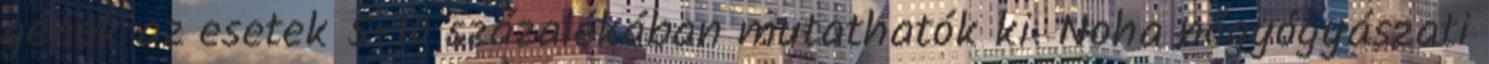
gének az esetek 5-10 százalékában mutathatók ki. Noha nőgyógyászati